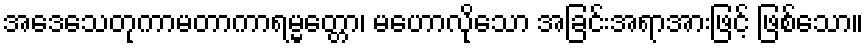
အဒေသေတုကာမတာကာရမ္မတ္တော၊ မဟောလိုသော အခြင်းအရာအားဖြင့် ဖြစ်သော။